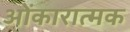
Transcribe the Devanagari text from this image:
ओंकारात्मक